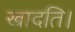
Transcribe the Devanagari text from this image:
खादति।